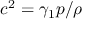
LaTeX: c ^ { 2 } = \gamma _ { 1 } p / \rho